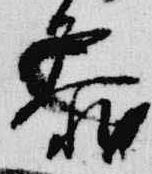
参